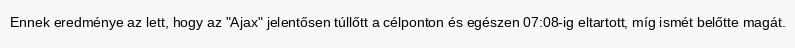
Ennek eredménye az lett, hogy az "Ajax" jelentősen túllőtt a célponton és egészen 07:08-ig eltartott, míg ismét belőtte magát.